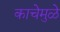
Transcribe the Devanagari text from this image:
काचेमुळे